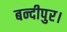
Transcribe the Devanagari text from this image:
बन्दीपुर।